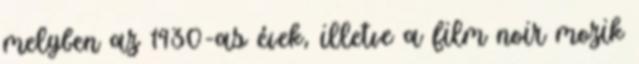
melyben az 1930-as évek, illetve a film noir mozik